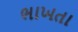
ભાખતા